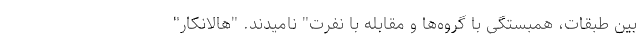
بین طبقات، همبستگی با گروه‌ها و مقابله با نفرت" نامیدند. "هالانکار"